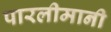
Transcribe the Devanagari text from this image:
पारलीमानी